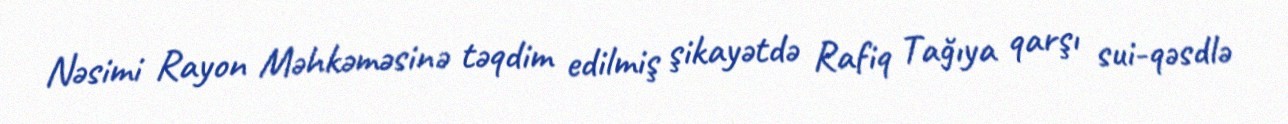
Nəsimi Rayon Məhkəməsinə təqdim edilmiş şikayətdə Rafiq Tağıya qarşı sui-qəsdlə